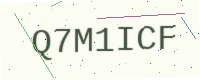
Text: Q7M1ICF